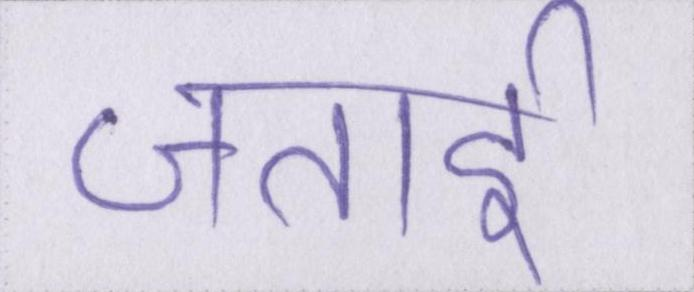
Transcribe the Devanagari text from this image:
जताई